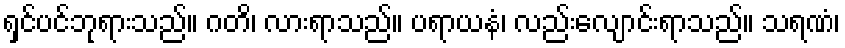
ရှင်ပင်ဘုရားသည်။ ဂတိ၊ လားရာသည်။ ပရာယနံ၊ လည်းလျောင်းရာသည်။ သရဏံ၊